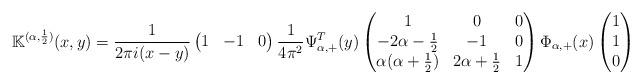
LaTeX: \begin{align*}\mathbb K^{(\alpha, \frac{1}{2})}(x,y)= \frac{1}{2\pi i(x-y)} \begin{pmatrix} 1 & -1 & 0 \end{pmatrix}\frac{1}{4\pi^2} \Psi_{\alpha,+}^T(y)\begin{pmatrix} 1 & 0 & 0 \\-2\alpha-\frac{1}{2} & -1 & 0 \\\alpha(\alpha+\frac{1}{2}) & 2\alpha+\frac{1}{2} & 1\end{pmatrix}\Phi_{\alpha,+}(x) \begin{pmatrix} 1 \\ 1 \\ 0 \end{pmatrix}\end{align*}